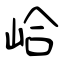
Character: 峆